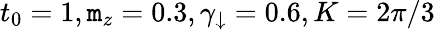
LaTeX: t_{0}=1,\mathtt{m}_{z}=0.3,\gamma_{\downarrow}=0.6,K=2\pi/3